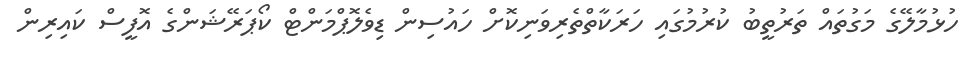
ހުޅުމާލޭގެ މަގުތައް ތަރުތީބު ކުރުމުގައި ހަރަކާތްތެރިވަނިކޮށް ހައުސިން ޑިވެލޮޕްމަންޓް ކޯޕަރޭޝަންގެ އޮފީސް ކައިރިން